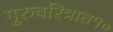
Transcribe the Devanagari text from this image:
गुरुचरित्रात१०